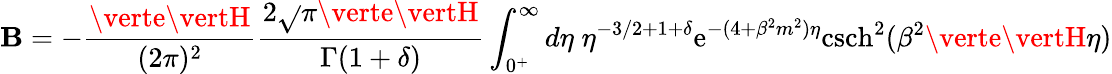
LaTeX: \mathbf{B}=-\frac{{\verte\vertH}}{{(2\pi)^{2}}}\frac{{2\sqrt{}{{\pi}}\verte\vertH}}{{\Gamma(1+\delta)}}\int_{0^{+}}^{\infty}d\eta\; \eta^{-3/2+1+\delta}\mathrm{{e}}^{-(4+\beta^{2}m^{2})\eta}\mathrm{{csch}}^{2}(\beta^{2}\verte\vertH\eta)